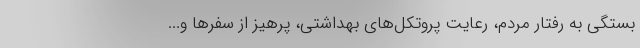
بستگی به رفتار مردم، رعایت پروتکل‌های بهداشتی، پرهیز از سفرها و...